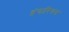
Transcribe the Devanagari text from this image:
हंगारियन